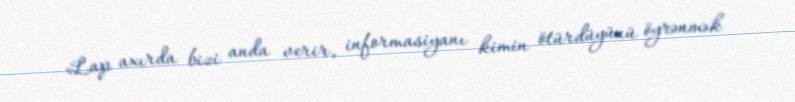
Lap axırda bizi anda verir, informasiyanı kimin ötürdüyünü öyrənmək